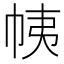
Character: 𢂒